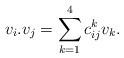
LaTeX: \begin{align*} v_i.v_j = \sum_{k=1}^4 c_{ij}^kv_k.\end{align*}